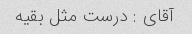
آقای : درست مثل بقیه